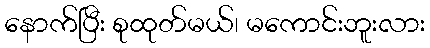
နောက်ပြီး စုထုတ်မယ်၊ မကောင်းဘူးလား